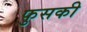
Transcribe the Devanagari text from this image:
फुसकी